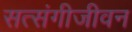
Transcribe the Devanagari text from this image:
सत्संगीजीवन